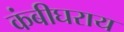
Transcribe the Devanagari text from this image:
कंबीघराय